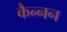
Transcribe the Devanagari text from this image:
कैन्नन